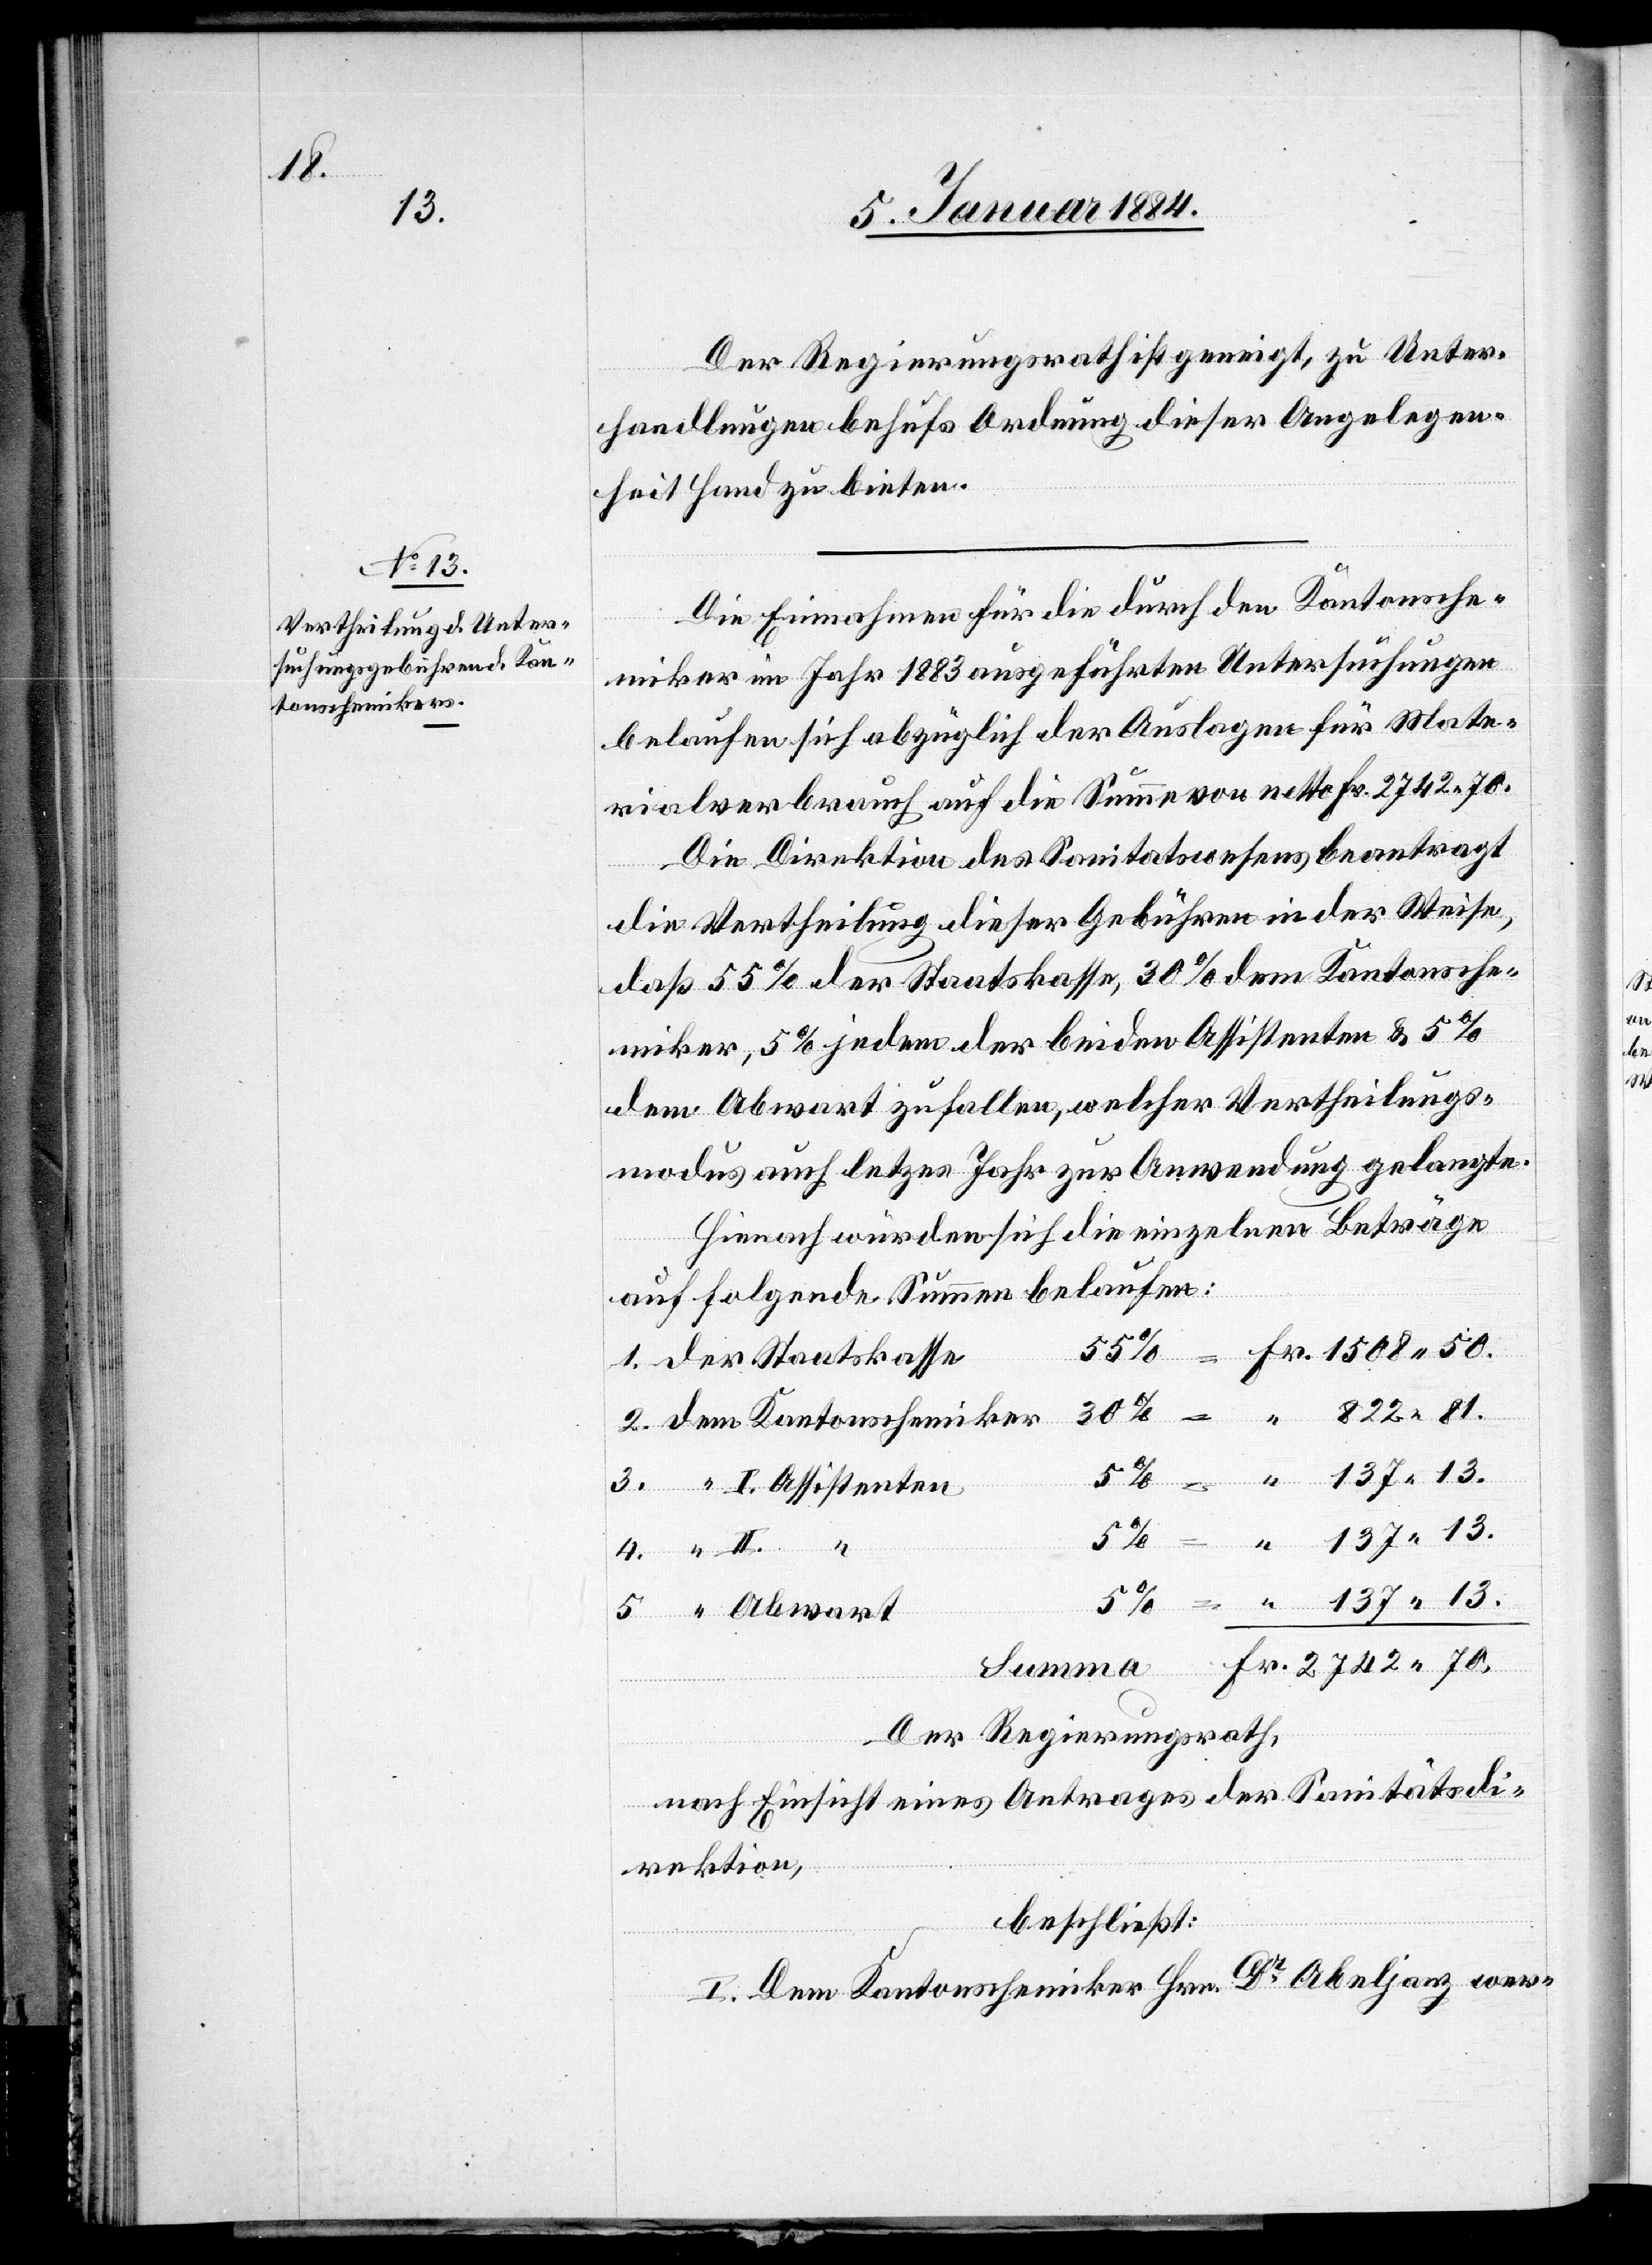
II.
13
ntonschemiker

Der Regierungsrath ist geneigt, zu Unter¬
handlungen behufs Ordnung dieser Angelegen¬
heit Hand zu bieten.“
Die Einnahmen für die durch den Kantonsche¬
miker im Jahr 1883 ausgeführten Untersuchungen
belaufen sich abzüglich der Auslagen für Mate¬
rialverbrauch auf die Summe von netto Fr. 2742.70.
Die Direktion des Sanitätswesens beantragt
die Vertheilung dieser Gebühren in der Weise,
daß 55% der Staatskasse, 30% dem Kantonsche¬
miker, 5% jedem der beiden Assistenten & 5%
dem Abwart zufallen, welcher Vertheilungs¬
modus auch letztes Jahr zur Anwendung gelangte.
Hienach würden sich die einzelnen Beträge
auf folgende Summen belaufen:
“ I. Assistenten
2742.
Der Regierungsrath,
Fr.
nach Einsicht eines Antrages der Sanitätsdi¬
rektion,
beschließt:
I. Dem Kantonschemiker Hrn. Dr. Abeljanz wer-